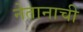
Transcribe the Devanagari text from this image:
नेतानाची